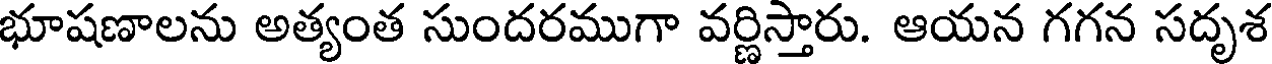
భూషణాలను అత్యంత సుందరముగా వర్ణిస్తారు. ఆయన గగన సదృశ